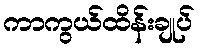
ကာကွယ်ထိန်းချုပ်